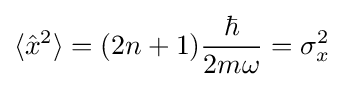
\langle {\hat {x}}^{2}\rangle =(2n+1){\frac {\hbar }{2m\omega }}=\sigma _{x}^{2}